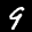
Label: 9